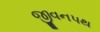
જીવનપથ